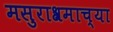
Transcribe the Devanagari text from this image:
मसुराश्रमाच्या